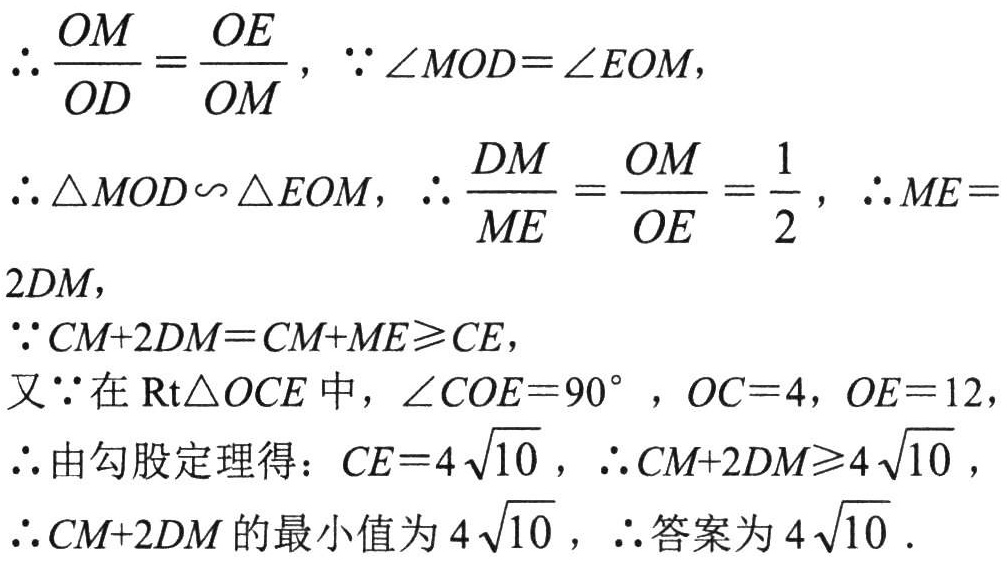
\(\therefore\frac{OM}{OD}=\frac{OE}{OM}\)，\(\because\angle MOD = \angle EOM\)，
\(\therefore\triangle MOD\sim\triangle EOM\)，\(\therefore\frac{DM}{ME}=\frac{OM}{OE}=\frac{1}{2}\)，\(\therefore ME =
2DM\)，
\(\because CM + 2DM=CM + ME\geqslant CE\)，
又\(\because\)在\(\text{Rt}\triangle OCE\)中，\(\angle COE = 90^{\circ}\)，\(OC = 4\)，\(OE = 12\)，
\(\therefore\)由勾股定理得：\(CE = 4\sqrt{10}\)，\(\therefore CM + 2DM\geqslant4\sqrt{10}\)，
\(\therefore CM + 2DM\)的最小值为\(4\sqrt{10}\)，\(\therefore\)答案为\(4\sqrt{10}\)．